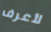
لأعرف